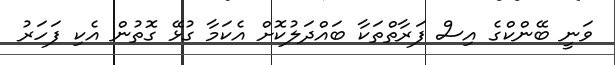
ވަނީ ބޭންކްގެ އިސް ފަރާތްތަކާ ބައްދަލުކޮށް އެކަމާ ގުޅޭ ގޮތުން އެކި ފަހަރު